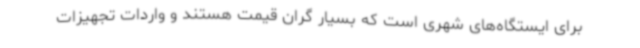
برای ایستگاه‌های شهری است که بسیار گران قیمت هستند و واردات تجهیزات